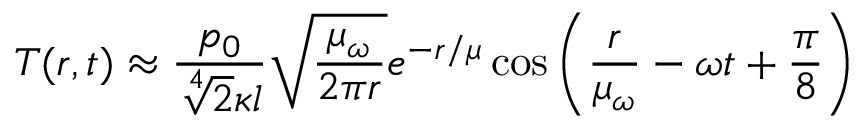
T ( r , t ) \approx \frac { p _ { 0 } } { \sqrt [ 4 ] { 2 } \kappa l } \sqrt { \frac { \mu _ { \omega } } { 2 \pi r } } e ^ { - r / \mu } \cos \left( \frac { r } { \mu _ { \omega } } - \omega t + \frac { \pi } { 8 } \right)